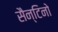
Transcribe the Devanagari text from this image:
सैन्टिनो